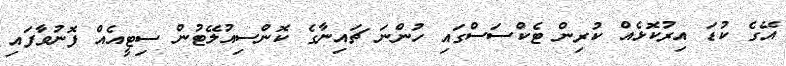
އޭގެ ކުޑަ އިރުކޮޅެއް ކުރިން ޓެކްސަސްގައި ހުންނަ ޗައިނާގެ ކޮންސިއުލޭޓުން ސިޓީއެއް ފޮނުވާފައި